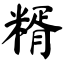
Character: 糈